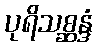
ပုရိသစ္ဆန္ဒံ